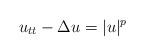
LaTeX: \begin{align*}u_{tt}-\Delta u=|u|^p\end{align*}